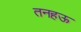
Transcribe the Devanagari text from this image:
तनहऊ